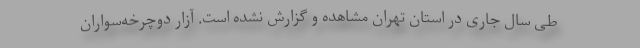
طی سال جاری در استان تهران مشاهده و گزارش نشده است. آزار دوچرخه‌سواران